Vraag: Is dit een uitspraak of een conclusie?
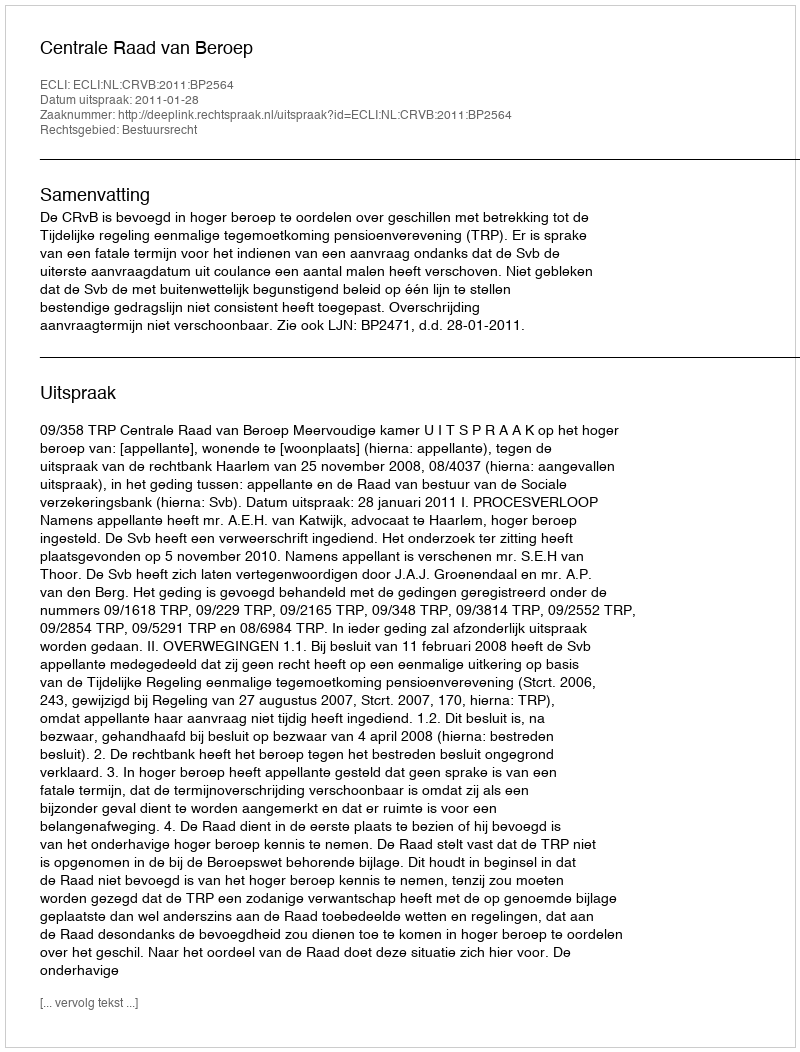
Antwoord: Uitspraak